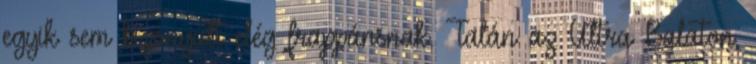
egyik sem bizonyult elég frappánsnak. Talán az Ultra Balaton,